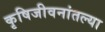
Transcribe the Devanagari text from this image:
कृषिजीवनांतल्या